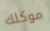
موكلك